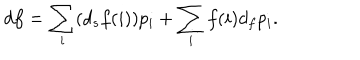
LaTeX: d f = \sum _ { i } ( d _ { s } f ( i ) ) p _ { i } + \sum _ { i } f ( i ) d _ { f } p _ { i } .